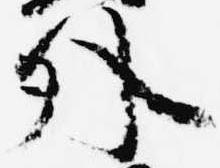
外